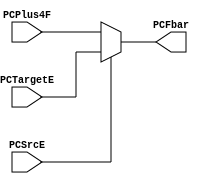
`timescale 1ns / 1ps
//////////////////////////////////////////////////////////////////////////////////
// Company: 
// Engineer: 
// 
// Design Name: 
// Module Name: muxPC
// Project Name: 
// Target Devices: 
// Tool Versions: 
// Description: 
// 
// Dependencies: 
// 
// Revision:
// Revision 0.01 - File Created
// Additional Comments:
// 
//////////////////////////////////////////////////////////////////////////////////


module muxPC(
input      [31:0] PCPlus4F, 
input      [31:0] PCTargetE, 
input             PCSrcE,
output reg [31:0] PCFbar

    );
    
    always @(*) 
    begin
    PCFbar = (PCSrcE) ? PCTargetE : PCPlus4F;
    end
endmodule